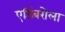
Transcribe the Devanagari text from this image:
एडिंबरोला